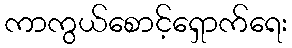
ကာကွယ်စောင့်ရှောက်ရေး